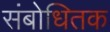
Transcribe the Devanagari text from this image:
संबोधितक